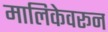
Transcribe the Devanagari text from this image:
मालिकेवरून